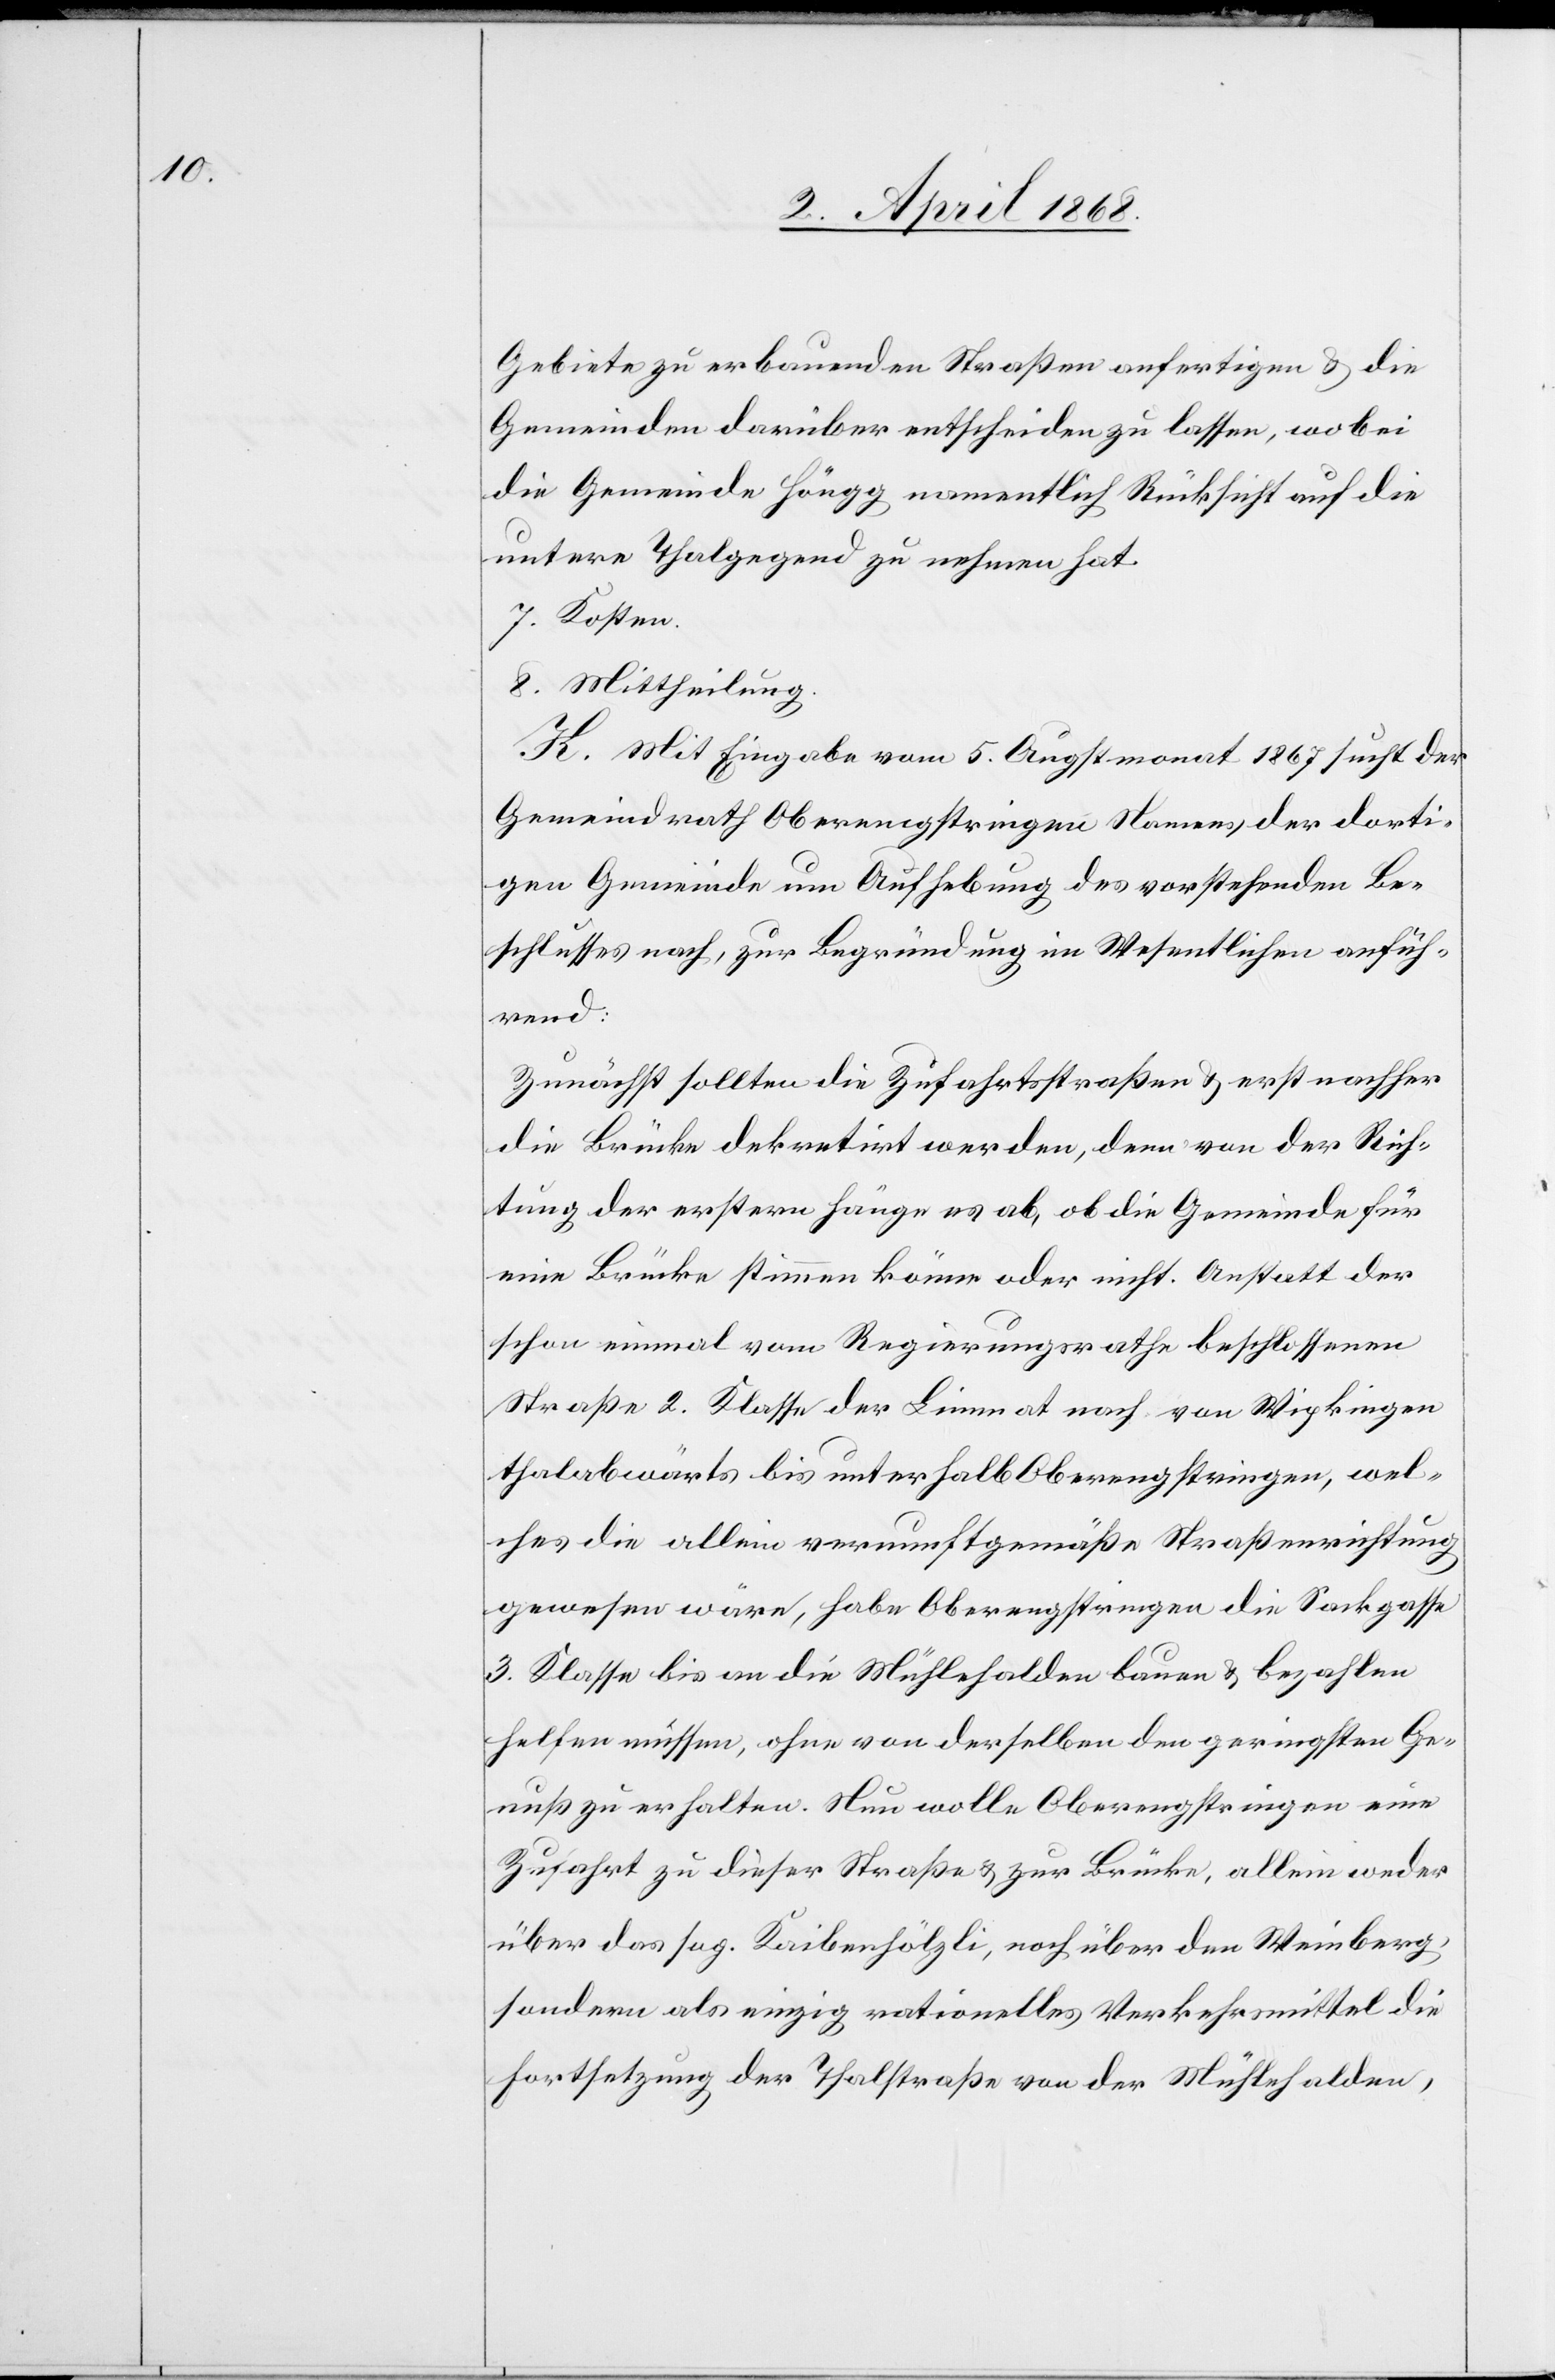
Gebiete zu erbauenden Straßen anfertigen & die
Gemeinden darüber entscheiden zu lassen, wobei
die Gemeinde Höngg namentlich Rücksicht auf die
untere Thalgegend zu nehmen hat.
7. Kosten.
8. Mittheilung.
K. Mit Eingabe vom 5. Augstmonat 1867 sucht der
Gemeindrath Oberengstringen Namens der dorti¬
gen Gemeinde um Aufhebung des vorstehenden Be¬
schlusses nach, zur Begründung im Wesentlichen anfüh¬
rend:
Zunächst sollten die Zufahrtsstraßen & erst nachher
die Brücke dekretirt werden, denn von der Rich¬
tung der erstern hänge es ab, ob die Gemeinde für
eine Brücke stimmen könne oder nicht. Anstatt der
schon einmal vom Regierungsrathe beschlossenen
Straße 2. Klasse der Limmat nach von Wipkingen
thalabwärts bis unterhalb Oberengstringen, wel¬
ches die allein vernunftgemäße Straßenrichtung
gewesen wäre, habe Oberengstringen die Sackgasse
3. Klasse bis an die Mühlehalden bauen & bezahlen
helfen müssen, ohne von derselben den geringsten Ge¬
nuß zu erhalten. Nun wolle Oberengstringen eine
Zufahrt zu dieser Straße & zur Brücke, allein weder
über das sog. Kaibenhölzli, noch über den Weinberg,
sondern als einzig rationelles Verkehrsmittel die
Fortsetzung der Thalstraße von der Mühlehalden,